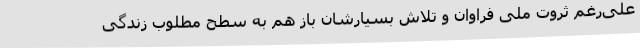
علی‌رغم ثروت ملی فراوان و تلاش بسیارشان باز هم به سطح مطلوب زندگی